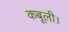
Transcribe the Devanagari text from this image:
कबूली।